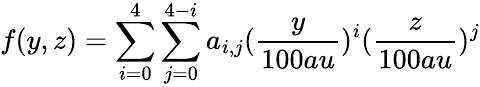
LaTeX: f(y,z)=\sum_{i=0}^{4}\sum_{j=0}^{4-i}a_{i,j}(\frac{y}{100au})^{i}(\frac{z}{100au})^{j}